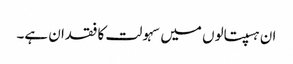
ان ہسپتالوں میں سہولت کا فقدان ہے۔